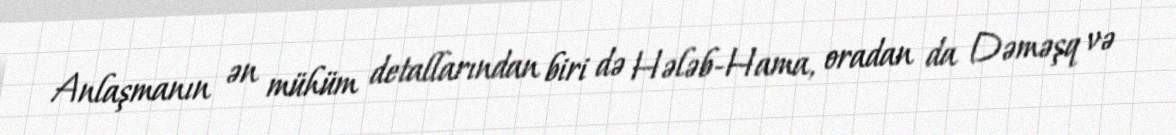
Anlaşmanın ən mühüm detallarından biri də Hələb-Hama, oradan da Dəməşq və